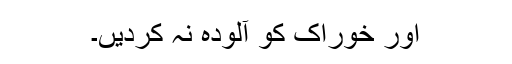
اور خوراک کو آلودہ نہ کردیں۔